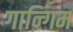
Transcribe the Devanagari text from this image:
गान्गिम